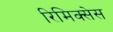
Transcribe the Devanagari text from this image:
रिमिक्सेस